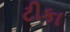
ટીકા